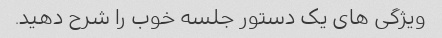
ویژگی های یک دستور جلسه خوب را شرح دهید.